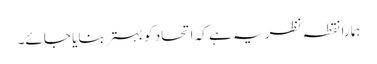
ہمارا نقطہ نظر یہ ہے کہ اتحاد کو بہتر بنایا جائے۔